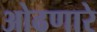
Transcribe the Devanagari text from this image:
ओढणारे